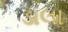
ડાલા